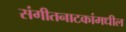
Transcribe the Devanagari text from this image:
संगीतनाटकांमधील